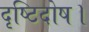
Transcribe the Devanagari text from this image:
दृष्टिदोष।